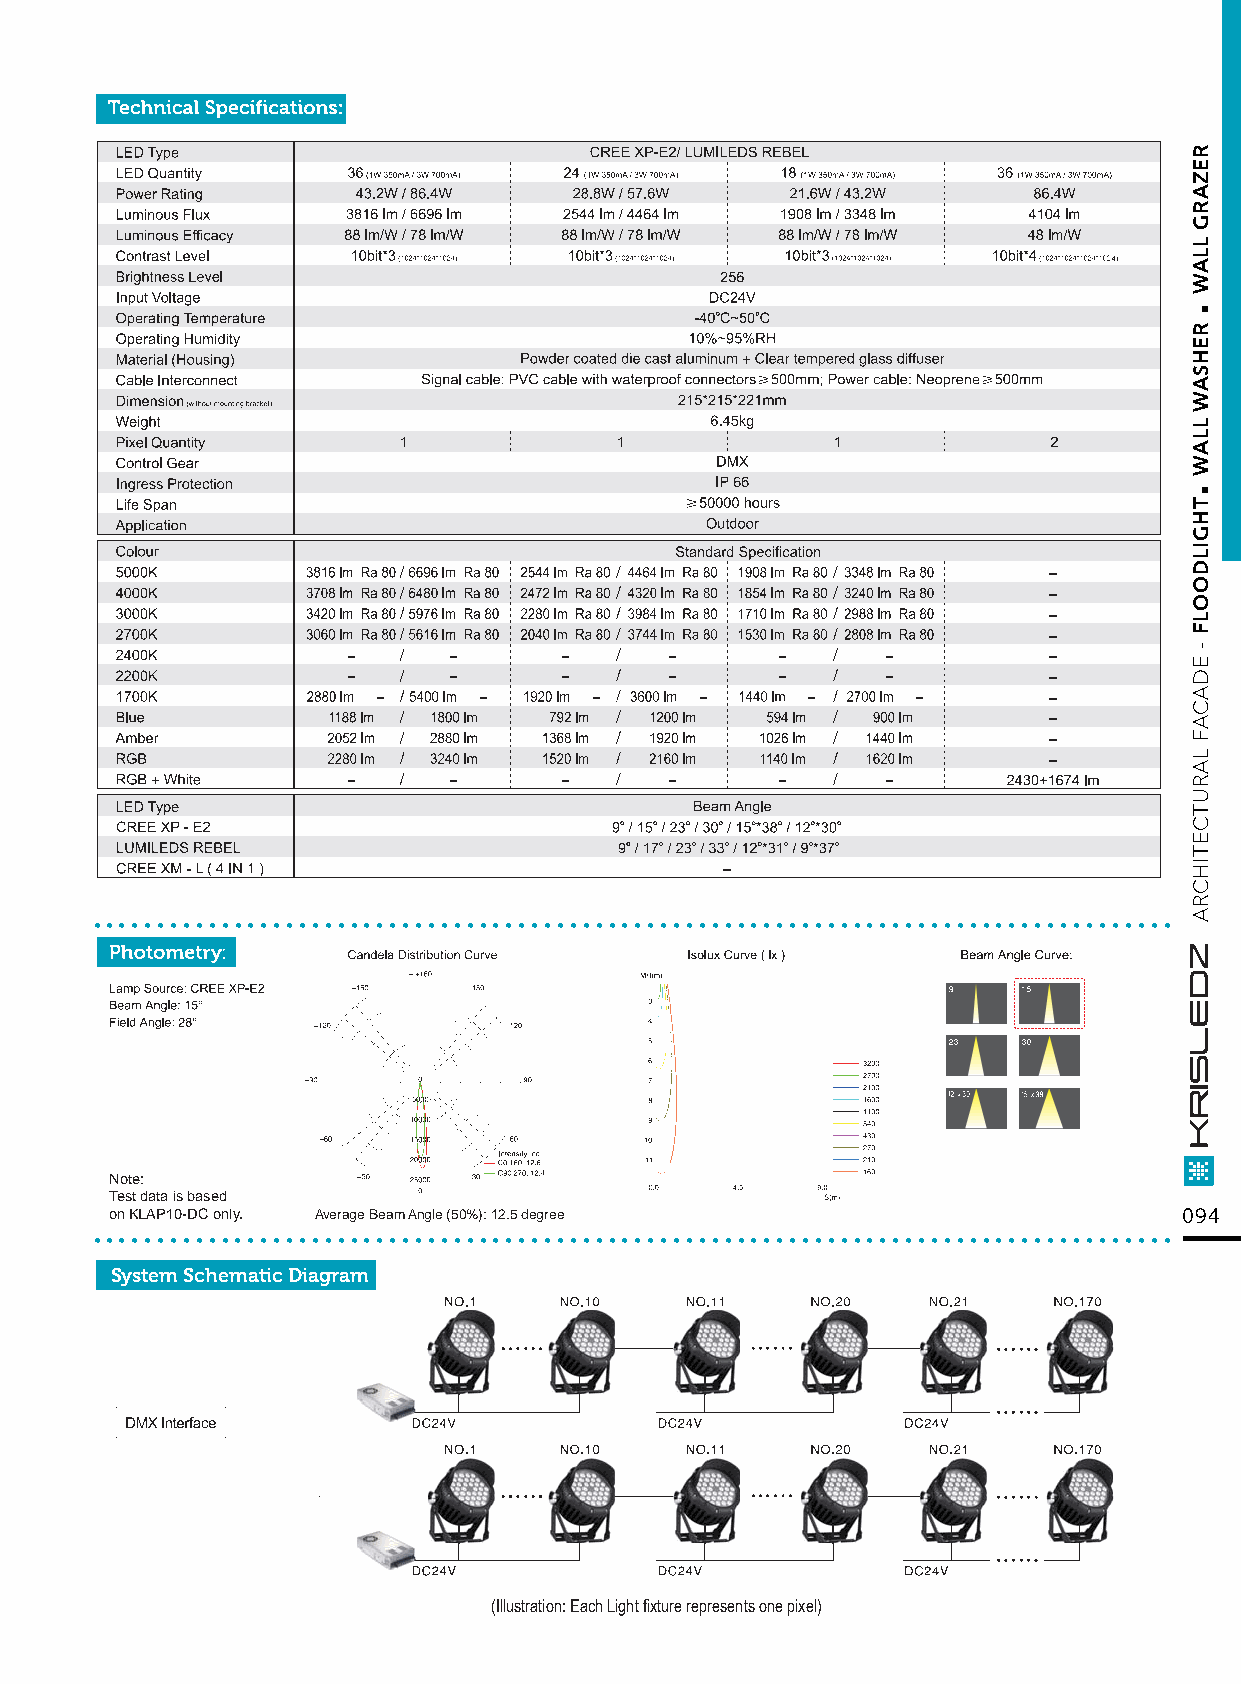
....................................................................................
 Note:
 Test data is based
 ..o.n K.L.A.P1.0.-D.C. o.nly.. . .....Av.e.ra.ge. B.ea.m. A.ng.le. (5.0.%.): .12..5. de.g.re.e............................................... 094
 System Schematic Diagram
 (Illustration: Each Light fixture represents one pixel)
 .
 .
 REZARG
 LLAW
 REHSAW
 LLAW
 THGILDOOLF
 -
 EDACAF
 LARUTCETIHCRA